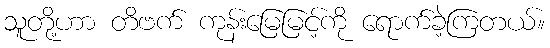
သူတို့ဟာ တိဗက် ကုန်းမြေမြင့်ကို ရောက်ခဲ့ကြတယ်။